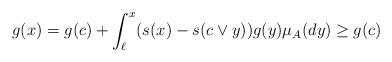
LaTeX: \begin{align*}g(x)= g(c) + \int_{\ell}^x( s(x)-s(c\vee y))g(y)\mu_A(dy) \geq g(c)\end{align*}